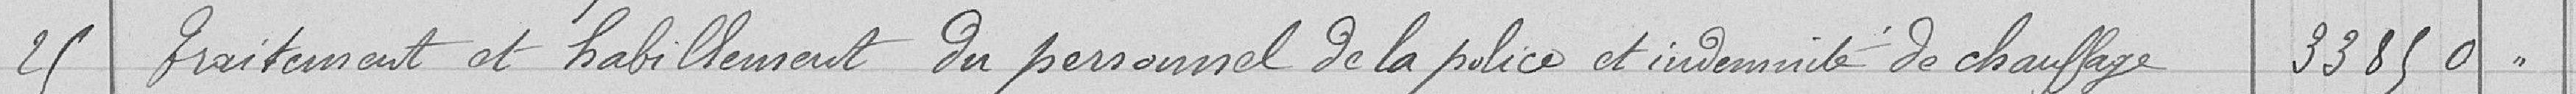
25 Traitement et habillement du personnel de la police et indemnité de chauffage 33850